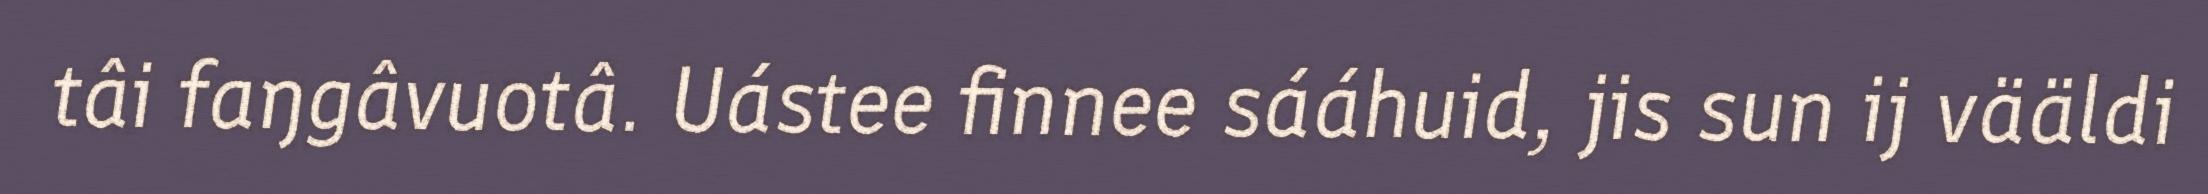
tâi faŋgâvuotâ. Uástee finnee sááhuid, jis sun ij vääldi